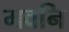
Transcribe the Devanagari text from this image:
मवनि